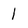
Character: l